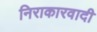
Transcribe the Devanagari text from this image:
निराकारवादी